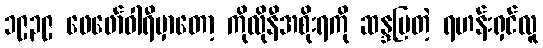
၁၉၃၉ ဖေဖော်ဝါရီမှာတော့ ကိုလိုနီအစိုးရကို ဆန္ဒပြတဲ့ ရဟန်းရှင်လူ